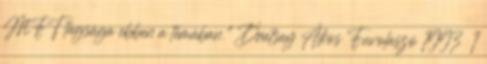
MFT tagsága ebben a témában." Dratsay Ákos Fuvolaszó 1993 1